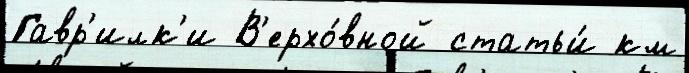
Гавр'илк'и В'ерхо́вной статьи́ км